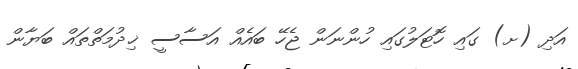
އަދި (ށ) ގައި ހޮޓަލުގައި ހުންނަން ޖެހޭ ބައެއް އަސާސީ ޚިދުމަތްތައް ބަޔާން